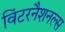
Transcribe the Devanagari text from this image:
विंटरनैशनल्स